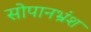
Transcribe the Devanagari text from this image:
सोपानभ्रंश